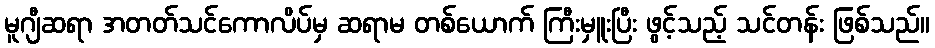
မူဂျီဆရာ အတတ်သင်ကောလိပ်မှ ဆရာမ တစ်ယောက် ကြီးမှူးပြီး ဖွင့်သည့် သင်တန်း ဖြစ်သည်။